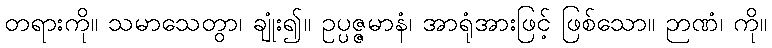
တရားကို။ သမာသေတွာ၊ ချုံး၍။ ဥပ္ပဇ္ဇမာနံ၊ အာရုံအားဖြင့် ဖြစ်သော။ ဉာဏံ၊ ကို။